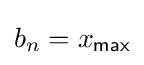
b_{n}=x_{\mathsf {max}}